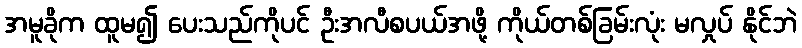
အမူခိုက ထူမ၍ ပေးသည်ကိုပင် ဦးအလီစပယ်အဖို့ ကိုယ်တစ်ခြမ်းလုံး မလှုပ် နိုင်ဘဲ